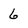
Character: 6